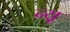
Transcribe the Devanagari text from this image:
न्यू़